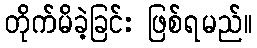
တိုက်မိခဲ့ခြင်း ဖြစ်ရမည်။